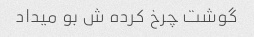
گوشت چرخ کرده ش بو میداد